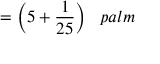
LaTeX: = { \bigg ( } 5 + { \frac { 1 } { 2 5 } } { \bigg ) } \; \; \; p a l m